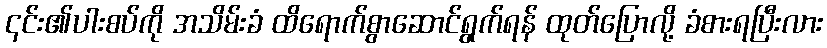
၎င်း၏ပါးစပ်ကို အသိမ်းခံ ထိရောက်စွာဆောင်ရွက်ရန် ထုတ်ပြောလို့ ခံစားရပြီးလား